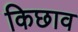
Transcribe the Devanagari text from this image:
किछाव